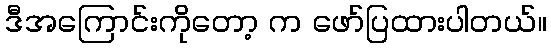
ဒီအကြောင်းကိုတော့ က ဖော်ပြထားပါတယ်။